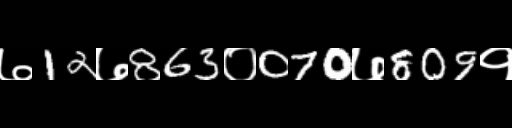
Text: ७12७863०070७809१